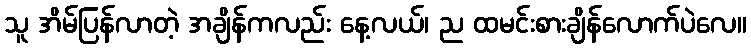
သူ အိမ်ပြန်လာတဲ့ အချိန်ကလည်း နေ့လယ်၊ ည ထမင်းစားချိန်လောက်ပဲလေ။